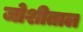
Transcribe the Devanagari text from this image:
जोशीताल